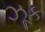
ઝૂક